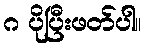
ဂ ပိုပြီးဖတ်ပါ။